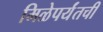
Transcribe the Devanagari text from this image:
मिळेपर्यंतची